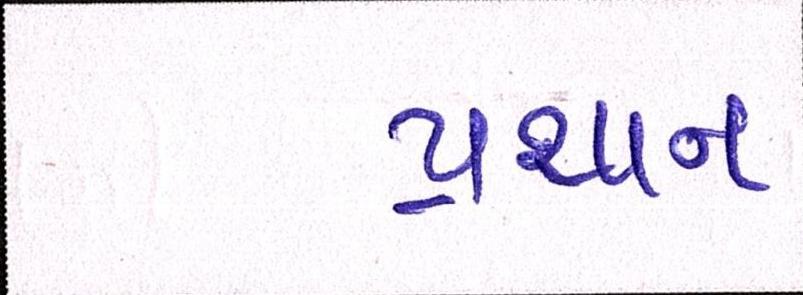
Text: પ્રથાન